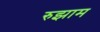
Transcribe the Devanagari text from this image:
रुझाम